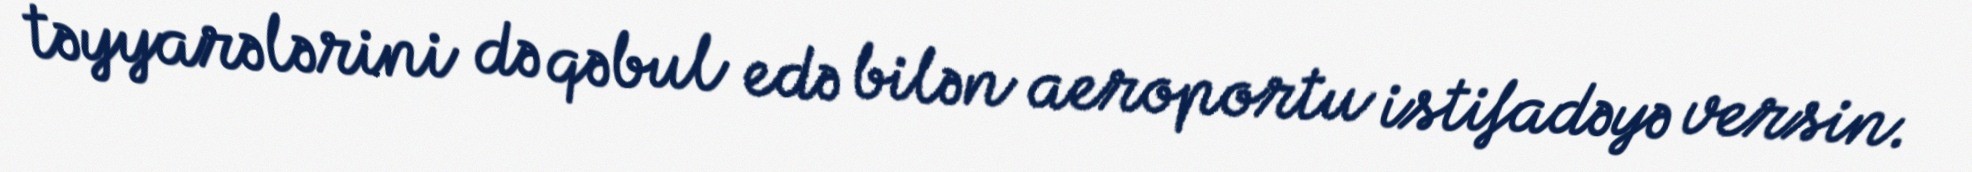
təyyarələrini də qəbul edə bilən aeroportu istifadəyə versin.